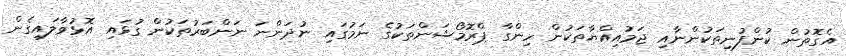
އެގޮތުން ކުންފުނިތަކުންނާއި ޖަމުއިއްޔާތަކުން ހިންގާ ޕްރޮމޯޝަންތަކުގެ ނަމުގައި ނުދަންނަ ނަންބަރުތަކުން ގުޅައި އޮޅުވާލައިގެން